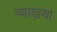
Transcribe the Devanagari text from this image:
व्याखया